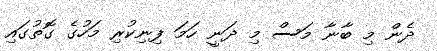
ދެން މި ބާނާ މަސް މި ދަނީ ހަމަ ފިނިކުރި މަހުގެ ގޮތުގައި